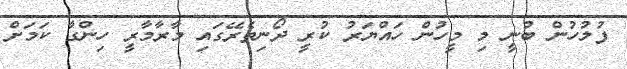
ފުލުހުން ބުނީ މި މީހުން ހައްޔަރު ކުރީ ދޯނިތެރޭގައި މާރާމާރީ ހިންގާ ކަމަށް